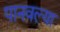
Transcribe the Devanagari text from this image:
पानवल्या